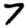
Digit: 7